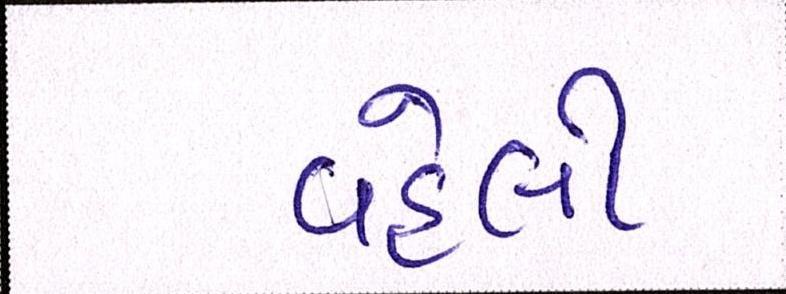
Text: વહેલી